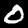
Label: 0